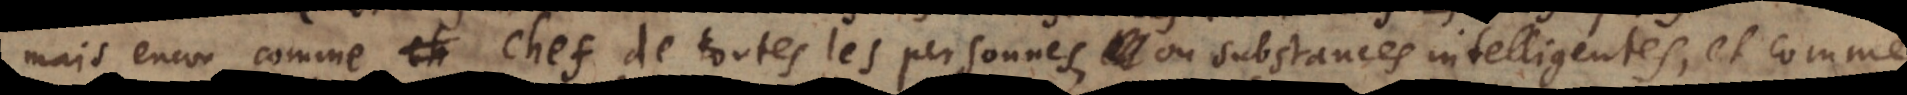
mais encor comme chef de toutes les personnes, et ou substances intelligentes, et comme